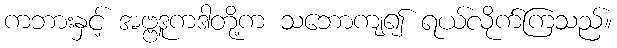
ကဘားနှင့် အဗ္ဗဒူကဒါတို့က သဘောကျ၍ ရယ်လိုက်ကြသည်။